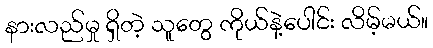
နားလည်မှု ရှိတဲ့ သူတွေ ကိုယ်နဲ့ပေါင်း လိမ့်မယ်။